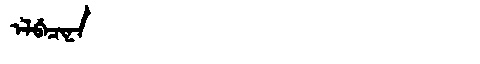
Manchu: ᡝᠯᠪᡝᠴᡳᠨᠠ
Romanization: ELBECINA